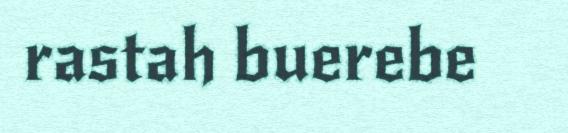
rastah buerebe